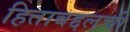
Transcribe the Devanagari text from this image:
हिताबद्दलची